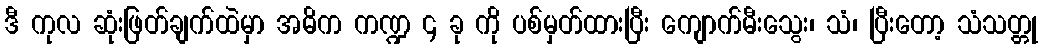
ဒီ ကုလ ဆုံးဖြတ်ချက်ထဲမှာ အဓိက ကဏ္ဍ ၄ ခု ကို ပစ်မှတ်ထားပြီး ကျောက်မီးသွေး၊ သံ၊ ပြီးတော့ သံသတ္တု